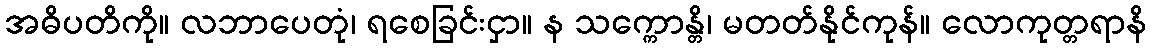
အဓိပတိကို။ လဘာပေတုံ၊ ရစေခြင်းငှာ။ န သက္ကောန္တိ၊ မတတ်နိုင်ကုန်။ လောကုတ္တရာနိ